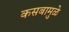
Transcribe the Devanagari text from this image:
कसबामुळे